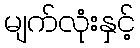
မျက်လုံးနှင့်